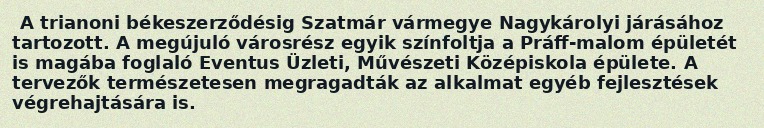
A trianoni békeszerződésig Szatmár vármegye Nagykárolyi járásához tartozott. A megújuló városrész egyik színfoltja a Práff-malom épületét is magába foglaló Eventus Üzleti, Művészeti Középiskola épülete. A tervezők természetesen megragadták az alkalmat egyéb fejlesztések végrehajtására is.